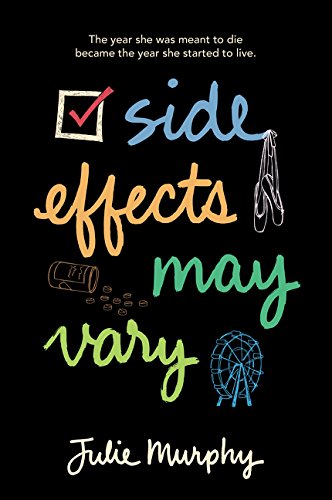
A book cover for Side Effects May Vary; Julie Murphy; Teen & Young Adult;